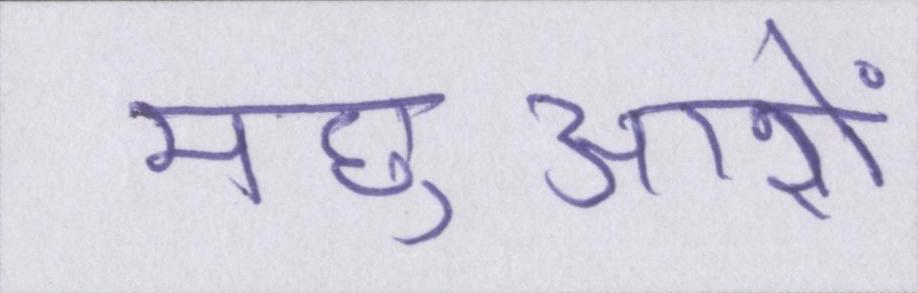
मछुआरों